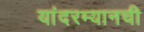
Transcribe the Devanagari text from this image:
यांदरम्यानची